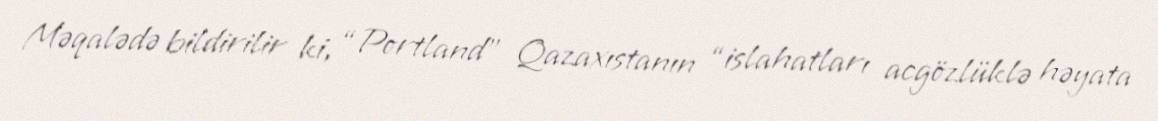
Məqalədə bildirilir ki, “Portland” Qazaxıstanın “islahatları acgözlüklə həyata